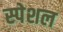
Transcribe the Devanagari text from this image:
स्‍पेशल